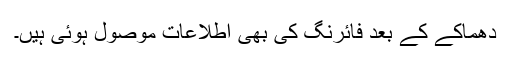
دھماکے کے بعد فائرنگ کی بھی اطلاعات موصول ہوئی ہیں۔